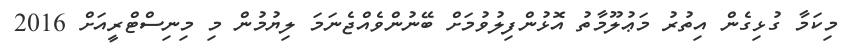
މިކަމާ ގުޅިގެން އިތުރު މަޢުލޫމާތު އޮޅުންފިލުވުމަށް ބޭނުންވެއްޖެނަމަ ލިޔުމުން މި މިނިސްޓްރީއަށް 2016